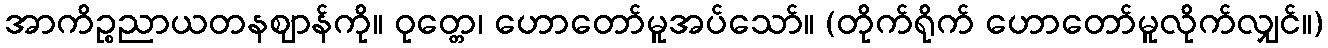
အာကိဉ္စညာယတနဈာန်ကို။ ဝုတ္တေ၊ ဟောတော်မူအပ်သော်။ (တိုက်ရိုက် ဟောတော်မူလိုက်လျှင်။)